Leprosy in India: report of the Leprosy Commission in India, 1890-91
Year: 1890
Disease focus: Leprosy
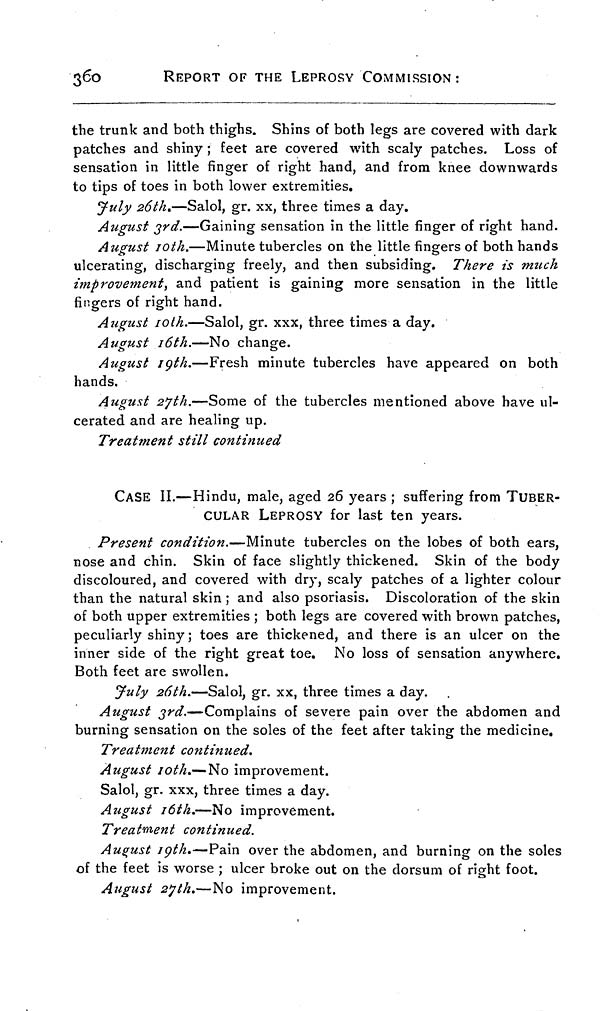
360
REPORT OF THE LEPROSY COMMISSION :
the trunk and both thighs. Shins of both legs are covered with dark
patches and shiny ; feet are covered with scaly patches. Loss of
sensation in little finger of right hand, and from knee downwards
to tips of toes in both lower extremities.
July 26th.—Salol, gr. xx, three times a day.
August 3rd.—Gaining sensation in the little finger of right hand.
August 10th.—Minute tubercles on the little fingers of both hands
ulcerating, discharging freely, and then subsiding. There is much
improvement, and patient is gaining more sensation in the little
fingers of right hand.
August 10th.—Salol, gr. xxx, three times a day.
August 16th.—No change.
August 19th.—Fresh minute tubercles have appeared on both
hands.
August 27th.—Some of the tubercles mentioned above have ul-
cerated and are healing up.
Treatment still continued
CASE II.—Hindu, male, aged 26 years ; suffering from TUBER-
CULAR LEPROSY for last ten years.
Present condition.—Minute tubercles on the lobes of both ears,
nose and chin. Skin of face slightly thickened. Skin of the body
discoloured, and covered with dry, scaly patches of a lighter colour
than the natural skin ; and also psoriasis. Discoloration of the skin
of both upper extremities ; both legs are covered with brown patches,
peculiarly shiny; toes are thickened, and there is an ulcer on the
inner side of the right great toe. No loss of sensation anywhere.
Both feet are swollen.
July 26th.—Salol, gr. xx, three times a day.
August 3rd.—Complains of severe pain over the abdomen and
burning sensation on the soles of the feet after taking the medicine.
Treatment continued.
August 10th.— No improvement.
Salol, gr. xxx, three times a day.
August 16th.—No improvement.
Treatment continued.
August 19th.—Pain over the abdomen, and burning on the soles
of the feet is worse ; ulcer broke out on the dorsum of right foot.
August 27th.—No improvement.